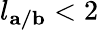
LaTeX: l_{\mathbf{a/b}}<2